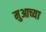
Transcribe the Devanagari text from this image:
मुआच्या